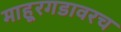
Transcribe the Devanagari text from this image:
माहूरगडावरच